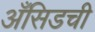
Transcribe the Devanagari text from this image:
अँसिडची